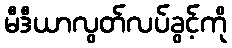
မီဒီယာလွတ်လပ်ခွင့်ကို